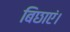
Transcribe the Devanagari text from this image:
बिछाएं।